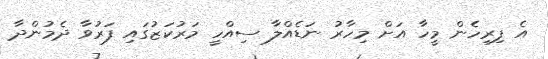
އެ ފިރިހެން މީހާ އަށް މިހާރު ނަޑެއްލާ ސިއްހީ މަރުކަޒުގައި ފަރުވާ ދެމުންދާ